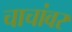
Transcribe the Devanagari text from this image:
चाचांवर